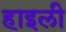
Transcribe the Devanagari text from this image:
हाइली